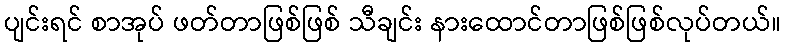
ပျင်းရင် စာအုပ် ဖတ်တာဖြစ်ဖြစ် သီချင်း နားထောင်တာဖြစ်ဖြစ်လုပ်တယ်။